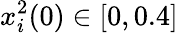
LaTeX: x_{i}^{2}(0)\in[0,0.4]